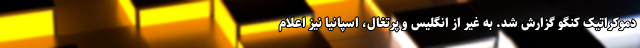
دموکراتیک کنگو گزارش شد. به غیر از انگلیس و پرتغال، اسپانیا نیز اعلام